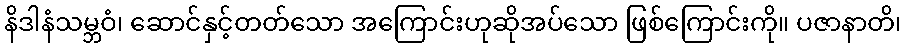
နိဒါနံသမ္ဘဝံ၊ ဆောင်နှင့်တတ်သော အကြောင်းဟုဆိုအပ်သော ဖြစ်ကြောင်းကို။ ပဇာနာတိ၊